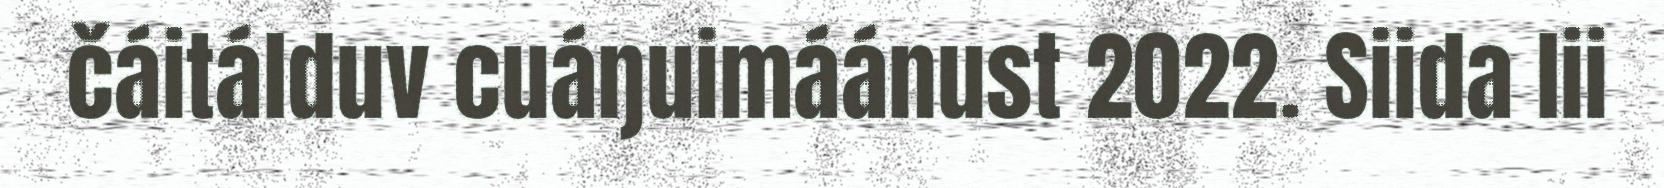
čáitálduv cuáŋuimáánust 2022. Siida lii